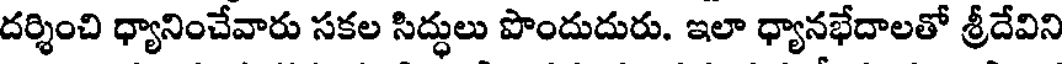
దర్శించి ధ్యానించేవారు సకల సిద్ధులు పొందుదురు. ఇలా ధ్యానభేదాలతో శ్రీదేవిని